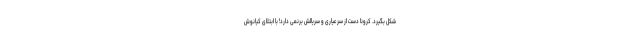
شکل بگیرد. کرونا دست از سر عیاری و سریالش برنمی دارد! با ابتلای کیانوش